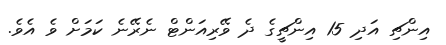
އިންޗި އަދި 15 އިންޗީގެ ދެ ވޭރިއަންޓް ނެރޭނެ ކަމަށް ވެ އެވެ.